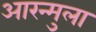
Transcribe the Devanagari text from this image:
आरन्मुला